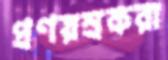
প্রণয়ন্রকরা